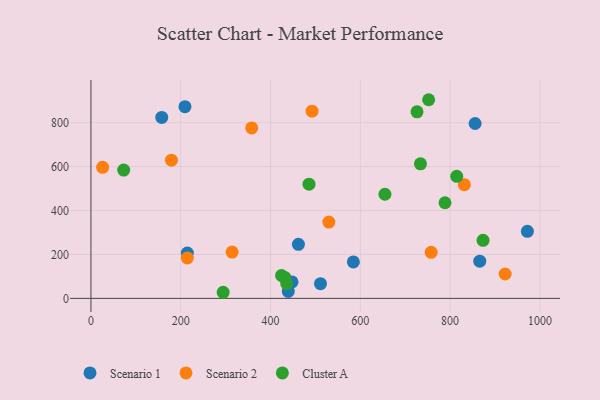
{"axis": {"x": "Investment", "y": "Demand"}, "legend": ["Cluster A", "Scenario 1", "Scenario 2"], "data": [{"x": "972.1", "y": 305.5, "type": "Scenario 1"}, {"x": "209.4", "y": 873.3, "type": "Scenario 1"}, {"x": "462.1", "y": 246.0, "type": "Scenario 1"}, {"x": "157.7", "y": 824.0, "type": "Scenario 1"}, {"x": "439.5", "y": 31.6, "type": "Scenario 1"}, {"x": "866.0", "y": 169.2, "type": "Scenario 1"}, {"x": "584.5", "y": 166.1, "type": "Scenario 1"}, {"x": "214.7", "y": 206.5, "type": "Scenario 1"}, {"x": "447.9", "y": 75.0, "type": "Scenario 1"}, {"x": "511.3", "y": 66.8, "type": "Scenario 1"}, {"x": "855.7", "y": 796.6, "type": "Scenario 1"}, {"x": "358.0", "y": 776.3, "type": "Scenario 2"}, {"x": "757.8", "y": 209.5, "type": "Scenario 2"}, {"x": "26.0", "y": 597.0, "type": "Scenario 2"}, {"x": "214.7", "y": 183.9, "type": "Scenario 2"}, {"x": "179.3", "y": 629.4, "type": "Scenario 2"}, {"x": "529.9", "y": 347.4, "type": "Scenario 2"}, {"x": "922.6", "y": 111.0, "type": "Scenario 2"}, {"x": "314.4", "y": 210.7, "type": "Scenario 2"}, {"x": "492.5", "y": 852.6, "type": "Scenario 2"}, {"x": "831.7", "y": 517.9, "type": "Scenario 2"}, {"x": "752.2", "y": 904.8, "type": "Cluster A"}, {"x": "726.3", "y": 849.8, "type": "Cluster A"}, {"x": "733.9", "y": 612.6, "type": "Cluster A"}, {"x": "814.8", "y": 555.9, "type": "Cluster A"}, {"x": "788.6", "y": 435.5, "type": "Cluster A"}, {"x": "654.8", "y": 474.2, "type": "Cluster A"}, {"x": "424.5", "y": 104.2, "type": "Cluster A"}, {"x": "72.9", "y": 584.3, "type": "Cluster A"}, {"x": "485.7", "y": 520.2, "type": "Cluster A"}, {"x": "873.4", "y": 264.5, "type": "Cluster A"}, {"x": "431.8", "y": 95.5, "type": "Cluster A"}, {"x": "294.5", "y": 27.7, "type": "Cluster A"}, {"x": "436.1", "y": 66.7, "type": "Cluster A"}]}